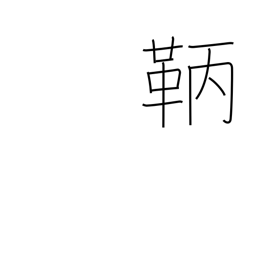
Meaning: archer's arm protector